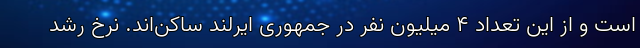
است و از این تعداد 4 میلیون نفر در جمهوری ایرلند ساکن‌اند. نرخ رشد